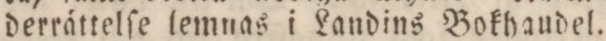
derrättelſe lemnas i Landins Bokhaudel.